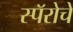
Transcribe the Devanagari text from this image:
स्पॅरोचे